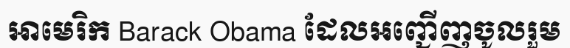
អាមេរិក Barack Obama ដែលអញ្ជើញចូលរួម